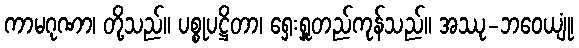
ကာမဂုဏာ၊ တို့သည်။ ပစ္စုပဋ္ဌိတာ၊ ရှေးရှူတည်ကုန်သည်။ အဿု-ဘဝေယျုံ၊